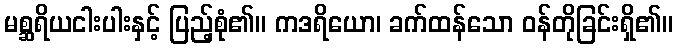
မစ္ဆရိယငါးပါးနှင့် ပြည့်စုံ၏။ ကဒရိယော၊ ခက်ထန်သော ဝန်တိုခြင်းရှိ၏။